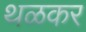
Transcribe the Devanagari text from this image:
थळकर